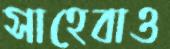
সাহেবাও